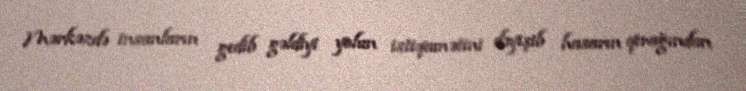
Mərkəzdə insanların gedib gəldiyi yolun istiqamətini dəyişib hasarın qırağından